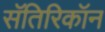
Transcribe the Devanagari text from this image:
सॅतिरिकॉन